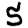
Digit: 5